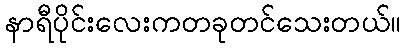
နာရီပိုင်းလေးကတခုတင်သေးတယ်။